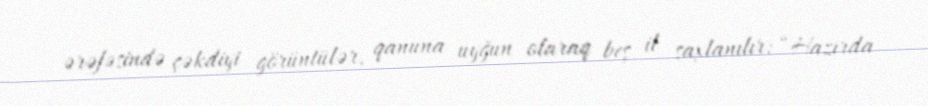
ərəfəsində çəkdiyi görüntülər, qanuna uyğun olaraq beş il saxlanılır: “Hazırda